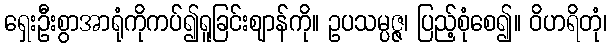
ရှေးဦးစွာအာရုံကိုကပ်၍ရူခြင်းဈာန်ကို။ ဥပသမ္ပဇ္ဇ၊ ပြည့်စုံစေ၍။ ဝိဟရိတုံ၊